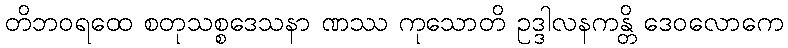
တိဘဝရထေ စတုသစ္စဒေသနာ ဏဿ ကုသောတိ ဥဒ္ဒါလနကန္တိ ဒေဝလောကေ